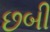
છબી